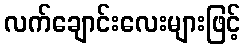
လက်ချောင်းလေးများဖြင့်